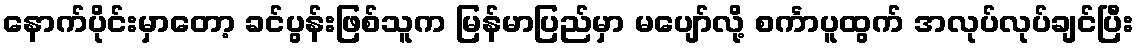
နောက်ပိုင်းမှာတော့ ခင်ပွန်းဖြစ်သူက မြန်မာပြည်မှာ မပျော်လို့ စင်္ကာပူထွက် အလုပ်လုပ်ချင်ပြီး